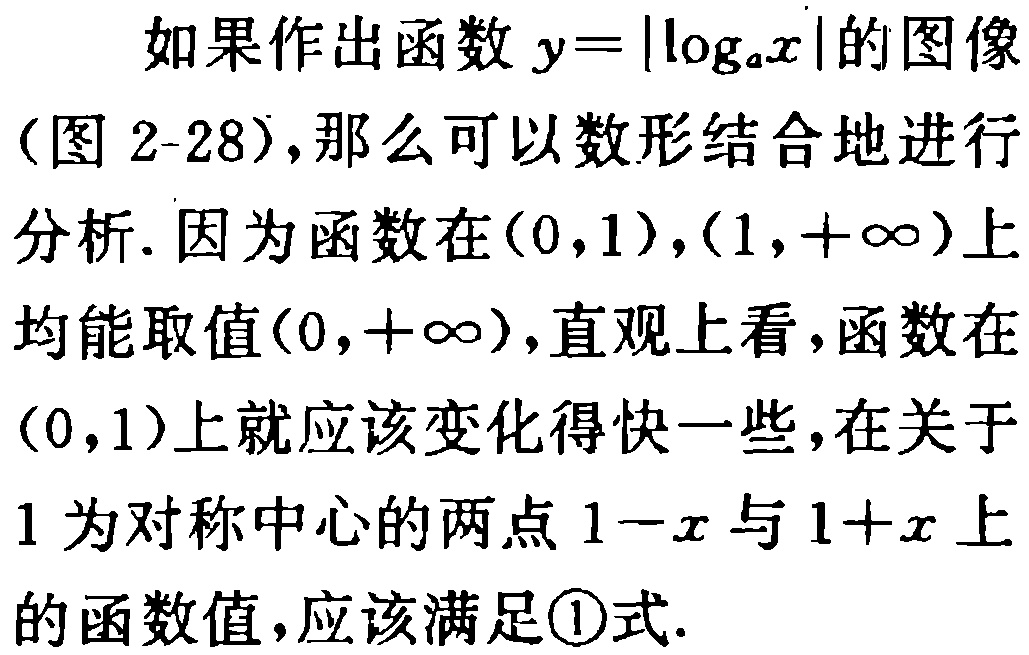
如果作出函数\(y = |\log_{a}x|\)的图像（图 2-28），那么可以数形结合地进行分析. 因为函数在\((0,1)\)，\((1,+\infty)\)上均能取值\((0,+\infty)\)，直观上看，函数在\((0,1)\)上就应该变化得快一些，在关于\(1\)为对称中心的两点\(1 - x\)与\(1 + x\)上的函数值，应该满足\textcircled{1}式.